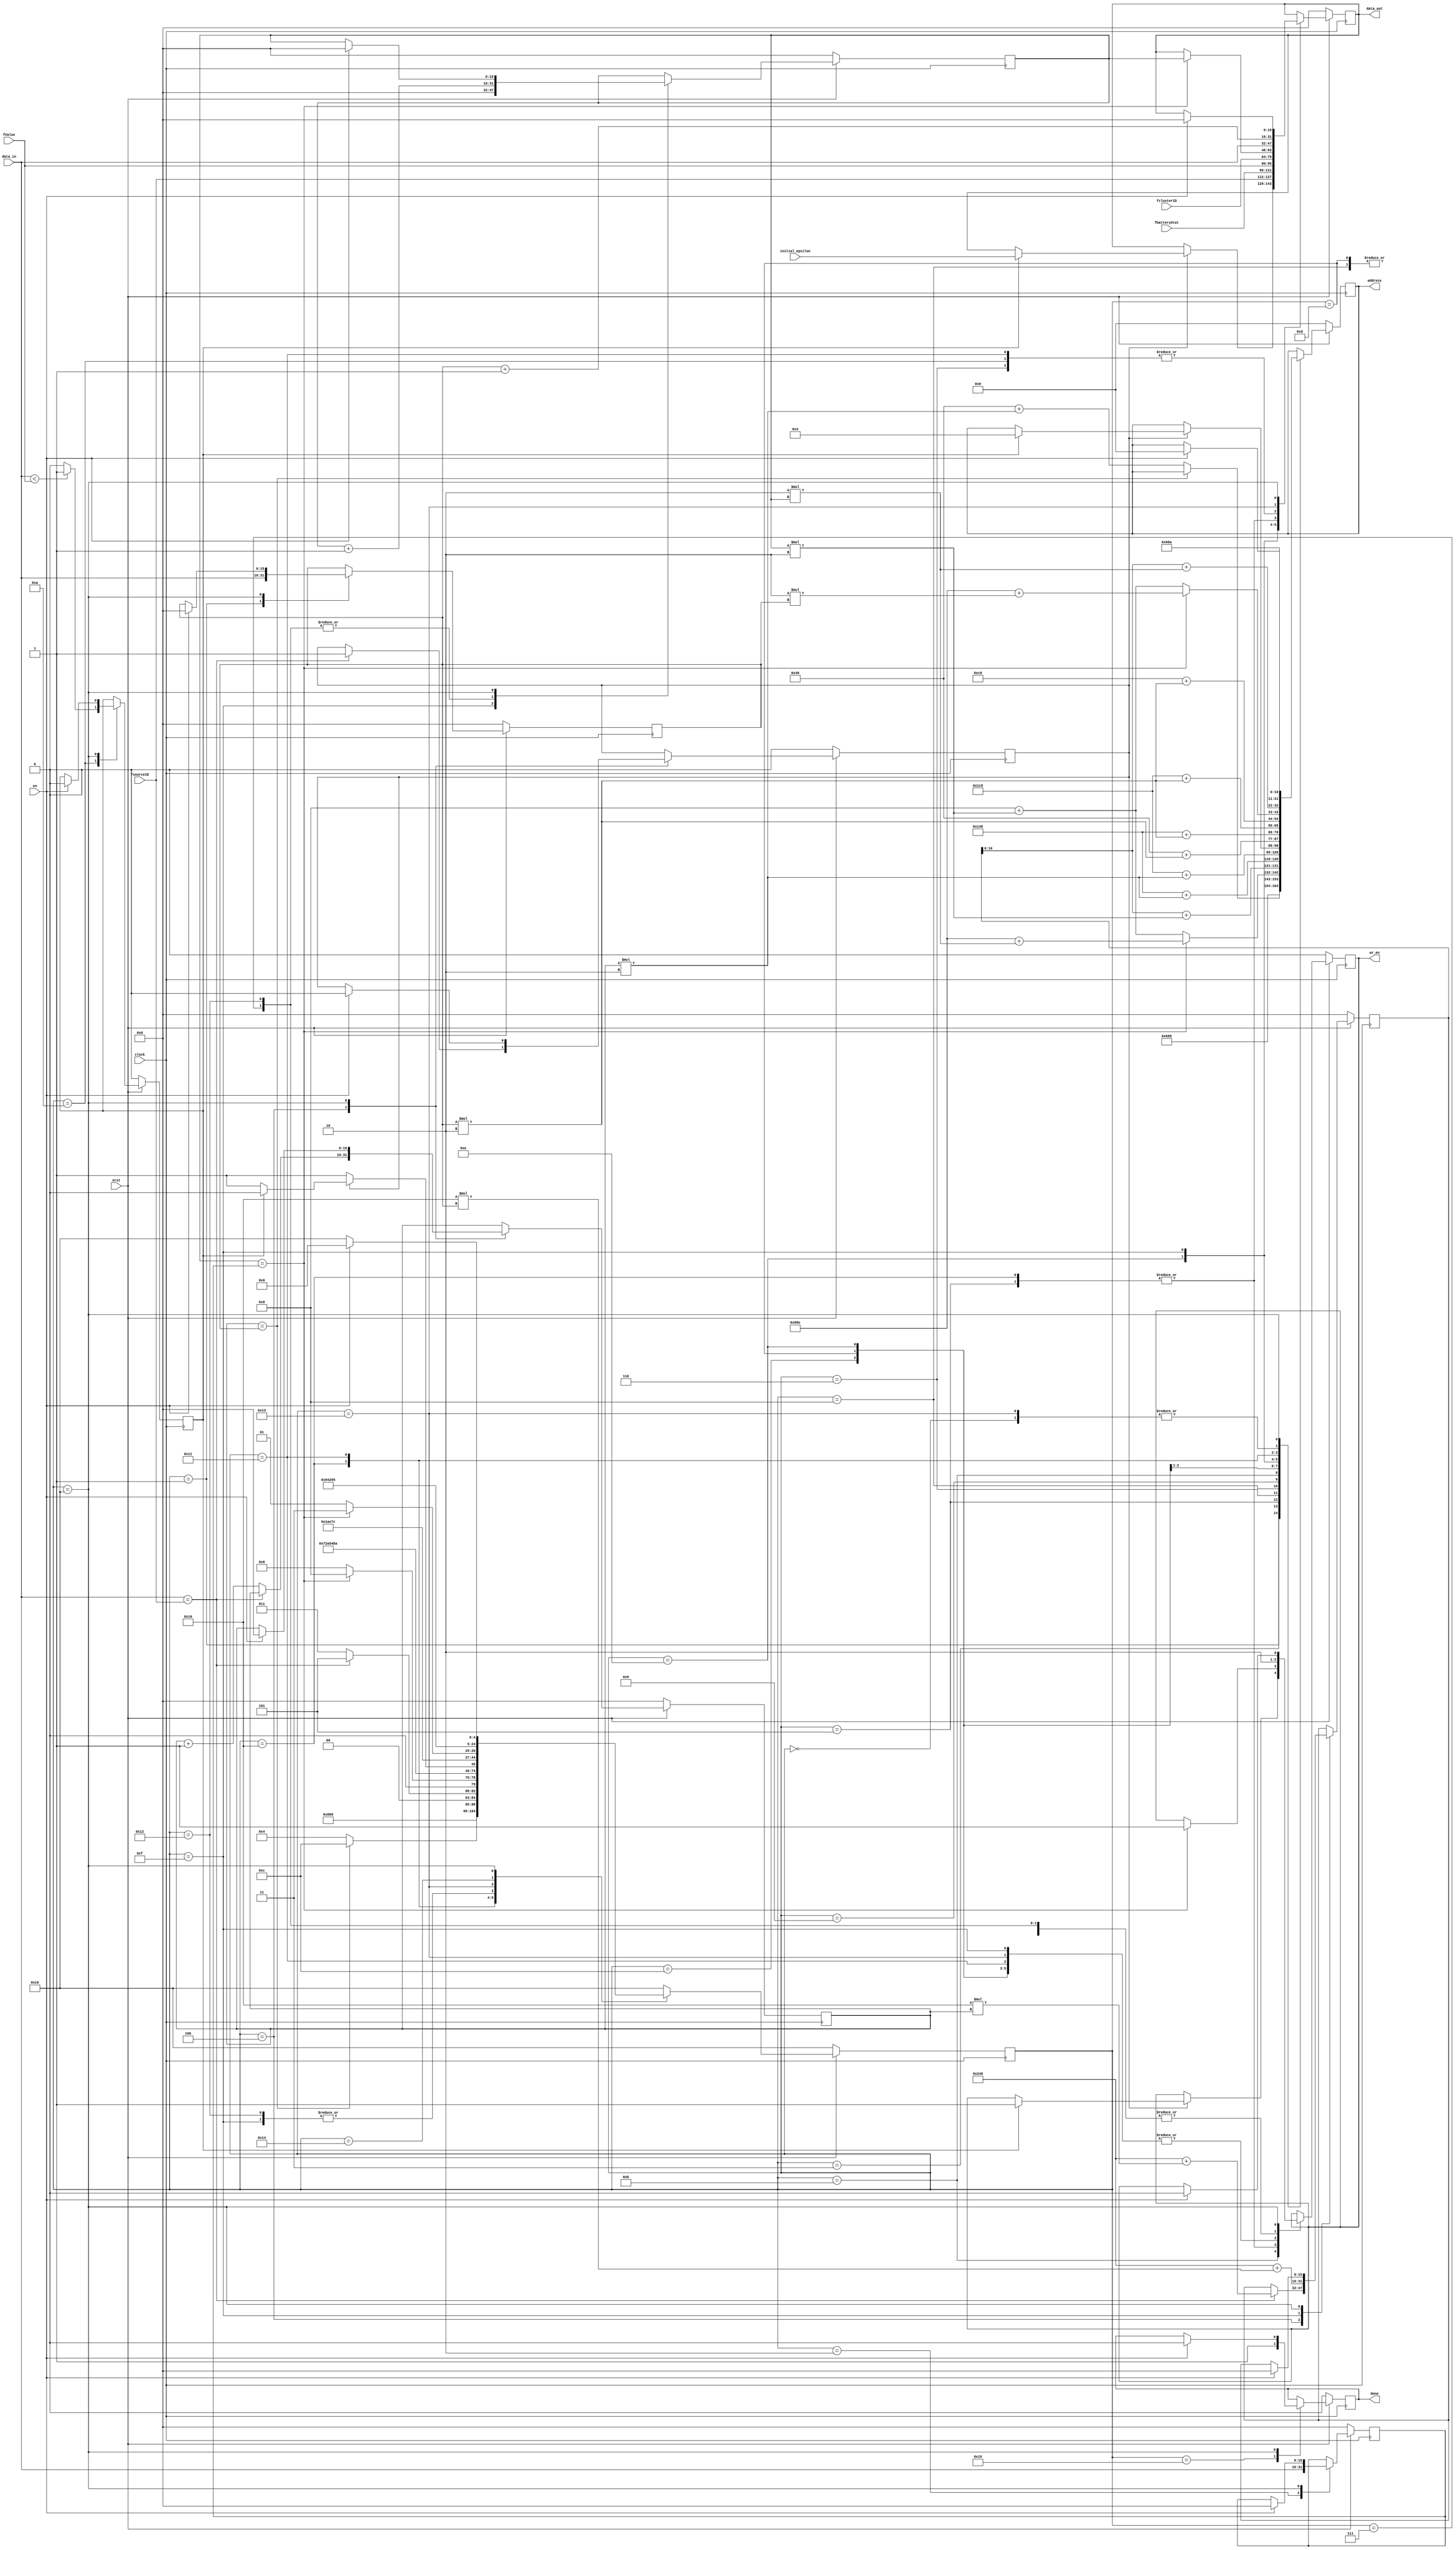
`timescale 1ns/1ps
`define MEM_DEPTH  2048
`define MEM_WIDTH  8
`define WORD_WIDTH 16
`define CLOCK_PD 20

module learnCosts(clock, nrst, en, fsourceID, fbatteryStat, fValue, fclusterID, initial_epsilon, address, wr_en, data_in, data_out, done);
	input clock, nrst, en;
	input [`WORD_WIDTH-1:0] fsourceID, fbatteryStat, fValue, fclusterID, data_in, initial_epsilon;
	output done, wr_en;
	output [10:0] address;
	output [`WORD_WIDTH-1: 0] data_out;

	// Registers
	reg [10:0] address_count;
	reg [`WORD_WIDTH-1:0] data_out_buf, neighborCount, knownSinkCount, cur_nID, cur_knownSink, cur_qValue, sinkID_address_buf;
	reg done_buf, found, reinit, wr_en_buf;
	reg [`WORD_WIDTH-1:0] n, k;
	reg [4:0] state;

	always @ (posedge clock) begin
		if (!nrst) begin
			done_buf <= 0;
			state <= 22;	// Idle state
			wr_en_buf <= 0;
			found <= 0;
			reinit <= 0;
			n = 0;
			k = 0;
			address_count <= 0;
			data_out_buf = 0;
			neighborCount <= 0;	
			knownSinkCount <= 0;
			cur_nID = 16'd65;
			cur_knownSink = 16'd65;
			cur_qValue = 16'd0;
			sinkID_address_buf = 0;
		end
		else begin
			case (state)
				0: begin
					state <= 1;
					address_count <= 11'h68A; // neighborCount address
				end
				1: begin
					neighborCount <= data_in;
					state <= 2;
					address_count <= 11'h688; // knownSinkCount address
				end
				2: begin
					knownSinkCount <= data_in;
					state <= 3;
				end
				3: begin
					// if not found, add a new neighbor
					if (n == neighborCount)
						state <= 12;
					else begin
						address_count <= 11'h48 + n*2; // neighborID address 
						state <= 4;
					end
				end
				4: begin
					cur_nID = data_in;	// current neighborID

					// if found, update the routingTable values
					if (cur_nID == fsourceID) begin
						found <= 1;
						state <= 5;

						// para hindi multiply nang multiply sa state
						sinkID_address_buf = 16'h248 + 16*n;
					end
					else begin
						n = n + 1;
						state <= 3;
					end
				end
				5: begin
					if (k == knownSinkCount) begin
						//data_out_buf = fbatteryStat;
						//address_count <= 11'h148 + n*2; // batteryStat address
						data_out_buf = k;
						address_count <= 11'h68E + 2*k; // sinkIDCount address
						wr_en_buf <= 1;
						state <= 8;
					end
					else begin
						address_count <= 11'h8 + k*2; // knownSinks address
						state <= 6;
					end
				end
				6: begin
					cur_knownSink = data_in; // current knownSink
					data_out_buf = cur_knownSink;
					address_count <= sinkID_address_buf + k*2;	// sinkIDs address
					wr_en_buf <= 1;
					state <= 7;
				end
				7: begin
					wr_en_buf <= 0;
					k = k + 1;
					state <= 5;
				end
				8: begin
					//wr_en_buf <= 0;
					data_out_buf = fbatteryStat;
					address_count <= 11'h148 + n*2; // batteryStat address
					wr_en_buf <= 1;
					state <= 9;
				end
				9: begin
					wr_en_buf <= 0;
					address_count <= 11'h1C8 + n*2; // qValue address
					state <= 10;
				end
				10: begin
					cur_qValue = data_in;
					data_out_buf = cur_qValue;
					wr_en_buf <= 1;

					if (cur_qValue < fValue)
						reinit <= 1;
					else
						reinit <= 0;

					state <= 11;
				end
				11: begin
					if (found) begin
						if (reinit) begin
							data_out_buf = initial_epsilon;
							address_count <= 11'h4;	// epsilon address
							wr_en_buf <= 1;
							state <= 20;
						end
						else
							state <= 21; // Done state
					end
					else 
						state <= 21;	// Done state
				end
				12: begin
					address_count <= 11'h48 + neighborCount*2; // neighborID address
					data_out_buf = fsourceID;
					wr_en_buf <= 1;
					state <= 13;
				end
				13: begin
					//wr_en_buf <= 0;
					address_count <= 11'h148 + neighborCount*2; // batteryStat address
					data_out_buf = fbatteryStat;
					wr_en_buf <= 1;
					state <= 14;	
				end
				14: begin
					address_count <= 11'h1C8 + neighborCount*2; // qValue address
					data_out_buf = fValue;
					wr_en_buf <= 1;
					state <= 15;
				end
				15: begin
					address_count <= 11'hC8 + neighborCount*2;
					data_out_buf = fclusterID;
					wr_en_buf <= 1;
					k = 0;

					// Para hindi multiply nang multiply sa state 16
					sinkID_address_buf = 16'h248 + 16*neighborCount;
					
					state <= 16; 
				end
				16: begin
					if (k == knownSinkCount) begin
						state <= 19;
						address_count <= 11'h68E + 2*neighborCount; // sinkIDCount address
						data_out_buf = k;
						wr_en_buf <= 1;
					end
					else begin
						address_count <= 11'h8 + k*2; // knownSinks address
						state <= 17;
					end
				end
				17: begin
					cur_knownSink = data_in;
					data_out_buf = cur_knownSink;
					address_count <= sinkID_address_buf + 2*k; // knownSinkCount address
					wr_en_buf <= 1;
					state <= 18;
				end
				18: begin
					wr_en_buf <= 0;
					k = k + 1;
					state <= 16;
				end
				19: begin
					data_out_buf = neighborCount + 1;
					address_count <= 11'h68A;	// neighborCount address 
					wr_en_buf <= 1;
					state <= 20;
				end
				20: begin
					wr_en_buf <= 0;
					state <= 21;
				end
				21: begin
					done_buf <= 1;
					state <= 22;
				end
				22: begin	// Idle State
					if (en) begin
						done_buf <= 0;
						state <= 0;
						wr_en_buf <= 0;
						found <= 0;
						reinit <= 0;
						n = 0;
						k = 0;
						address_count <= 0;
						data_out_buf = 0;
						neighborCount <= 0;	
						knownSinkCount <= 0;
						cur_nID = 16'd65;
						cur_knownSink = 16'd65;
						cur_qValue = 16'd0;
						sinkID_address_buf = 0;
					end
					else
						state <= 22;
				end

				default: 
					state <= 22;
			endcase
		end
	end

	assign done = done_buf;
	assign address = address_count;
	assign data_out = data_out_buf;
	assign wr_en = wr_en_buf;
endmodule